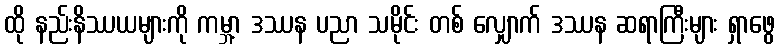
ထို နည်းနိဿယများကို ကမ္ဘာ့ ဒဿန ပညာ သမိုင်း တစ် လျှောက် ဒဿန ဆရာကြီးများ ရှာဖွေ